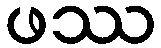
ဖဿ